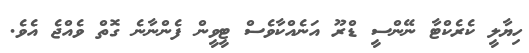
ހިޔާލީ ކެރެކްޓާ ނޭންސީ ޑްރޫ އަނެއްކާވެސް ޓީވީން ފެންނާނެ ގޮތް ވެއްޖެ އެވެ.